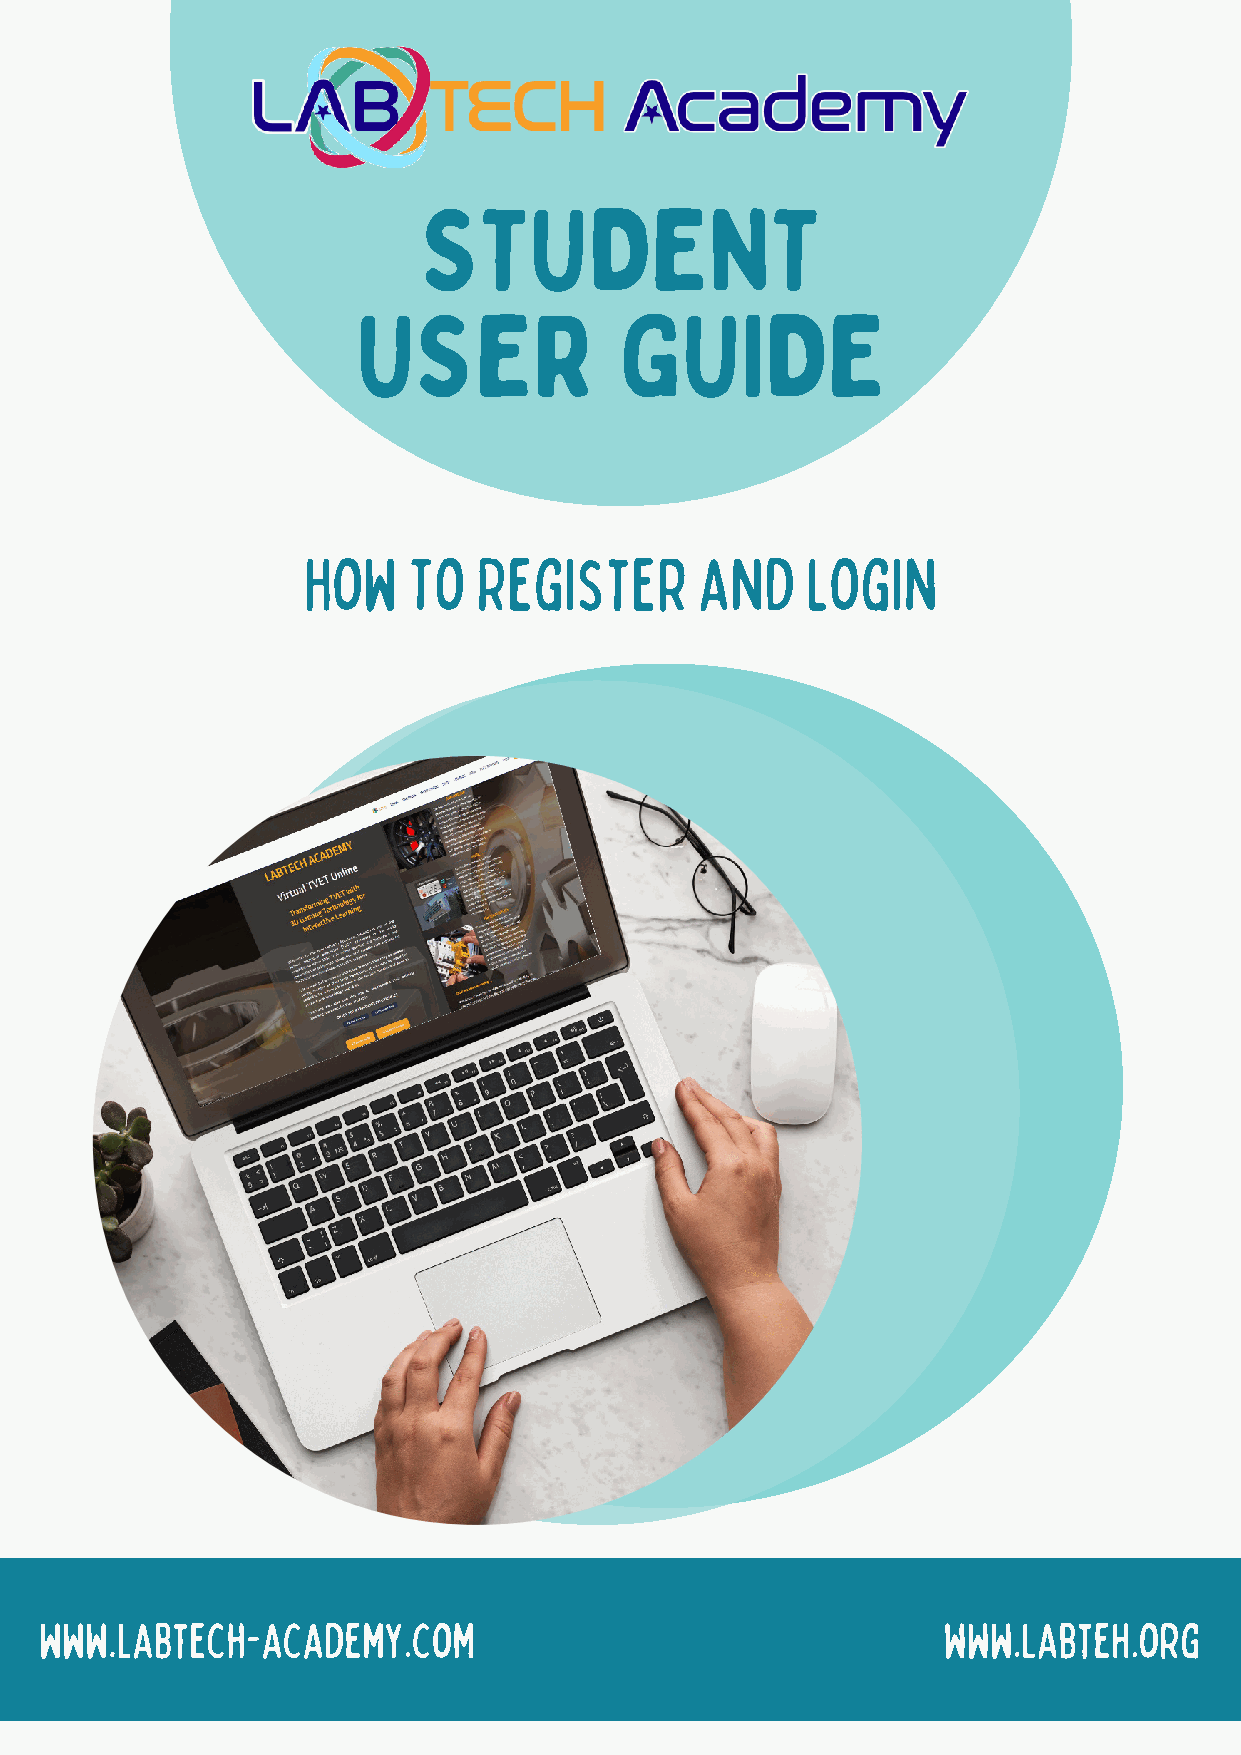
STUDENT
 USER             GUIDE
 How    To   Register      and    Login
 www.labtech-academy.com                                    www.labteh.org